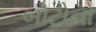
બોટોનો